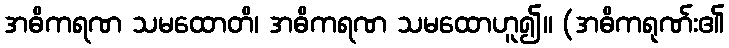
အဓိကရဏ သမထောတိ၊ အဓိကရဏ သမထောဟူ၍။ (အဓိကရုဏ်း၏